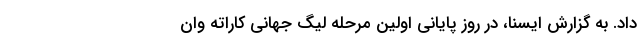
داد. به گزارش ایسنا، در روز پایانی اولین مرحله لیگ جهانی کاراته وان